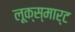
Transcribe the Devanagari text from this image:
लूक्स्मार्ट